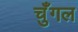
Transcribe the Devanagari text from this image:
चुँगल